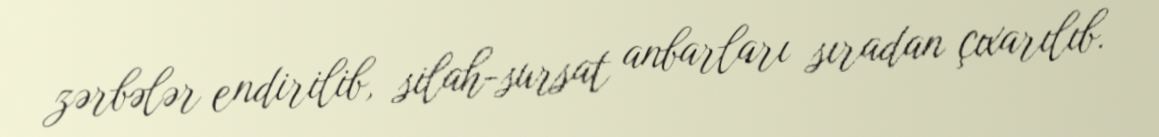
zərbələr endirilib, silah-sursat anbarları sıradan çıxarılıb.